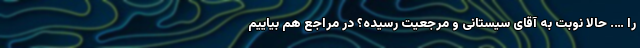
را …. حالا نوبت به آقای سیستانی و مرجعیت رسیده؟ در مراجع هم بیاییم